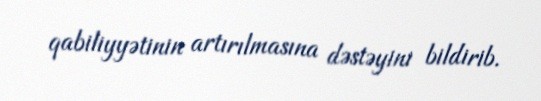
qabiliyyətinin artırılmasına dəstəyini bildirib.